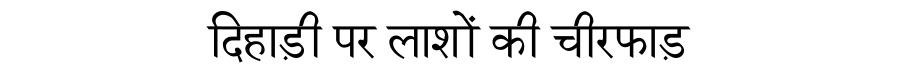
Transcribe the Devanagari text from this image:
दिहाड़ी पर लाशों की चीरफाड़